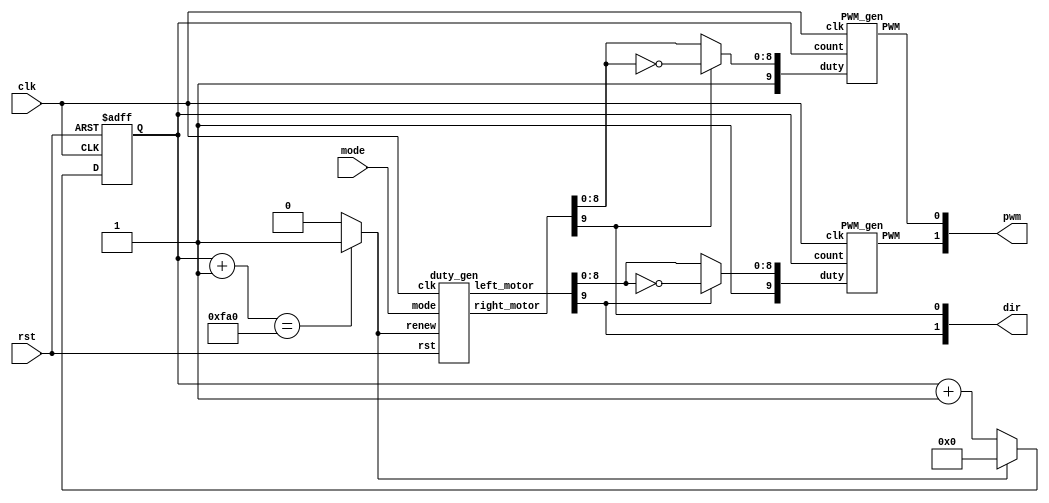
module motor(
    input clk,
    input rst,
    input [2:0] mode,
    output [1:0] pwm,
    output [1:0] dir // 1: backward, 0: forward
);
    wire signed [9:0] left_motor, right_motor;
    wire left_pwm, right_pwm;
    reg [11:0] count;
    wire [9:0] left_motor_abs, right_motor_abs;
    wire renew = (count + 1 == 12'd4000) ? 1'b1 : 1'b0;

    duty_gen dg(clk, rst, renew, mode, left_motor, right_motor);
    assign left_motor_abs = {1'b1, (left_motor[9]) ? ~left_motor[8:0] : left_motor[8:0]};
    assign right_motor_abs = {1'b1, (right_motor[9]) ? ~right_motor[8:0] : right_motor[8:0]};
    assign dir = {left_motor[9], right_motor[9]};
    PWM_gen pg0(clk, left_motor_abs, count, left_pwm);
    PWM_gen pg1(clk, right_motor_abs, count, right_pwm);
    
    always @(posedge clk, posedge rst) begin
        if (rst) count <= 12'b0;
        else count <= renew ? 0 : count + 12'd1;
    end
    
    assign pwm = {left_pwm, right_pwm};
endmodule

//generte PWM by input frequency & duty
module PWM_gen (
    input wire clk,
    input [9:0] duty,
    input [11:0] count,
    output reg PWM
);
    wire [31:0] count_duty = 32'd4000 * duty / 32'd1024;
    always @(posedge clk) begin
        PWM <= (count < count_duty) ? 1'b1 : 1'b0;
    end
endmodule

module duty_gen(clk, rst, renew, mode, left_motor, right_motor);
    input clk, rst, renew;
    input [2:0] mode;
    output reg signed [9:0] left_motor, right_motor;
    reg signed [9:0] next_left_motor, next_right_motor;
    parameter signed full_speed = 10'sd511;
    parameter signed minimum_speed = -10'sd300;
    parameter signed increment = 10'sd50;
    parameter signed low_decrement = -10'sd100;
    parameter signed high_decrement = -10'sd200;
    always @(*) begin
        case (mode)
            3'b111: begin
                next_left_motor  = (left_motor > full_speed - increment) ? full_speed : left_motor + increment;
                next_right_motor = (right_motor  > full_speed - increment) ? full_speed : right_motor + increment;
            end
            3'b110: begin
                next_left_motor  = (left_motor + low_decrement > 10'sd0)  ? left_motor + low_decrement : 10'sd0;
                next_right_motor = (right_motor > full_speed - increment) ? full_speed : right_motor + increment;
            end
            3'b100: begin
                next_left_motor  = (left_motor + high_decrement > minimum_speed)  ? left_motor + high_decrement : minimum_speed;
                next_right_motor = (right_motor  > full_speed - increment) ? full_speed : right_motor + increment;
            end
            3'b011: begin
                next_left_motor  = (left_motor > full_speed - increment) ? full_speed : left_motor + increment;
                next_right_motor = (right_motor + low_decrement > 10'sd0) ? right_motor + low_decrement : 10'sd0;
            end
            3'b001: begin
                next_left_motor  = (left_motor > full_speed - increment) ? full_speed : left_motor + increment;
                next_right_motor = (right_motor + high_decrement > minimum_speed)  ? right_motor + high_decrement : minimum_speed;
            end
            3'b000: begin
                next_left_motor  = (left_motor  > right_motor) ? full_speed : minimum_speed;
                next_right_motor = (left_motor  > right_motor) ? minimum_speed : full_speed;
            end
            default: begin
                next_left_motor  = minimum_speed;
                next_right_motor = minimum_speed;
            end
        endcase
    end
    always @(posedge clk)begin
        if (rst) begin
            left_motor  <= full_speed;
            right_motor <= full_speed;
        end 
        else if (renew) begin
            left_motor  <= next_left_motor;
            right_motor <= next_right_motor;
        end
        else begin
            left_motor  <= left_motor;
            right_motor <= right_motor;
        end
    end
endmodule